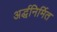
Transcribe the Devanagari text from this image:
अर्द्धनिर्मित